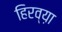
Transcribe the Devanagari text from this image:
हिरव्य़ा